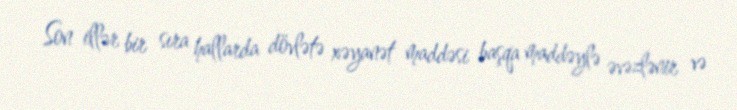
Son illər bir sıra hallarda dövlətə xəyanət maddəsi başqa maddəylə əvəzlənir və